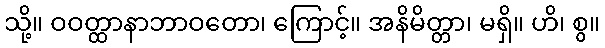
သို့။ ဝဝတ္ထာနာဘာဝတော၊ ကြောင့်။ အနိမိတ္တာ၊ မရှိ။ ဟိ၊ စွ။